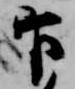
官